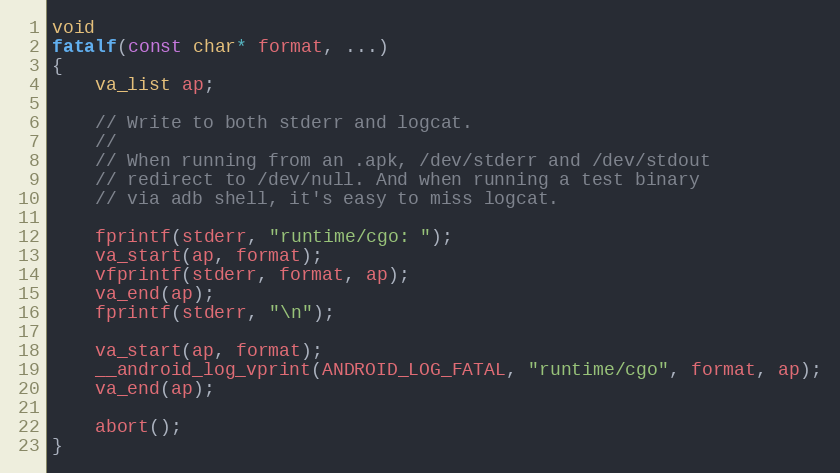
Language: C
void
fatalf(const char* format, ...)
{
	va_list ap;

	// Write to both stderr and logcat.
	//
	// When running from an .apk, /dev/stderr and /dev/stdout
	// redirect to /dev/null. And when running a test binary
	// via adb shell, it's easy to miss logcat.

	fprintf(stderr, "runtime/cgo: ");
	va_start(ap, format);
	vfprintf(stderr, format, ap);
	va_end(ap);
	fprintf(stderr, "\n");

	va_start(ap, format);
	__android_log_vprint(ANDROID_LOG_FATAL, "runtime/cgo", format, ap);
	va_end(ap);

	abort();
}